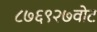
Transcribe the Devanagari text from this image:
८७६९२७वोट